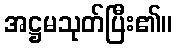
အဋ္ဌမသုတ်ပြီး၏။